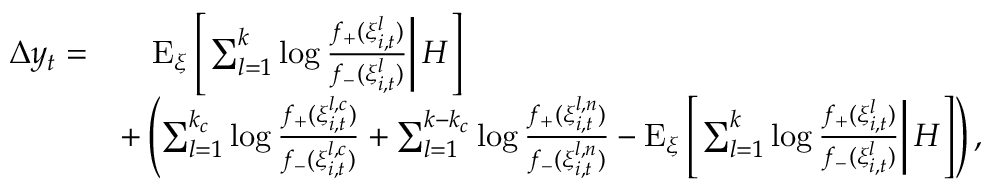
\begin{array} { r l } { \Delta y _ { t } = } & { \quad \mathrm { E } _ { \xi } \left[ \left. \sum _ { l = 1 } ^ { k } \log \frac { f _ { + } ( \xi _ { i , t } ^ { l } ) } { f _ { - } ( \xi _ { i , t } ^ { l } ) } \right| H \right] } \\ & { + \left( \sum _ { l = 1 } ^ { k _ { c } } \log \frac { f _ { + } ( \xi _ { i , t } ^ { l , c } ) } { f _ { - } ( \xi _ { i , t } ^ { l , c } ) } + \sum _ { l = 1 } ^ { k - k _ { c } } \log \frac { f _ { + } ( \xi _ { i , t } ^ { l , n } ) } { f _ { - } ( \xi _ { i , t } ^ { l , n } ) } - \mathrm { E } _ { \xi } \left[ \left. \sum _ { l = 1 } ^ { k } \log \frac { f _ { + } ( \xi _ { i , t } ^ { l } ) } { f _ { - } ( \xi _ { i , t } ^ { l } ) } \right| H \right] \right) , } \end{array}